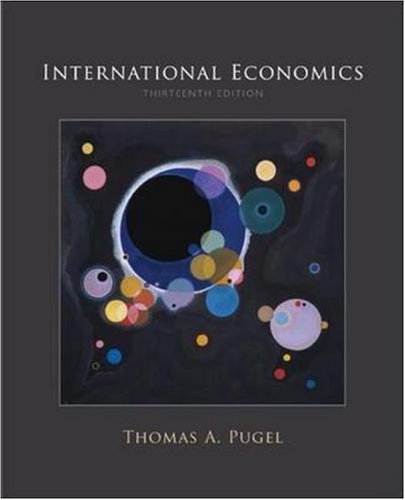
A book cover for International Economics; Thomas Pugel; Business & Money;